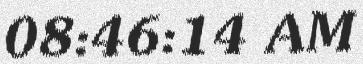
08:46:14 AM